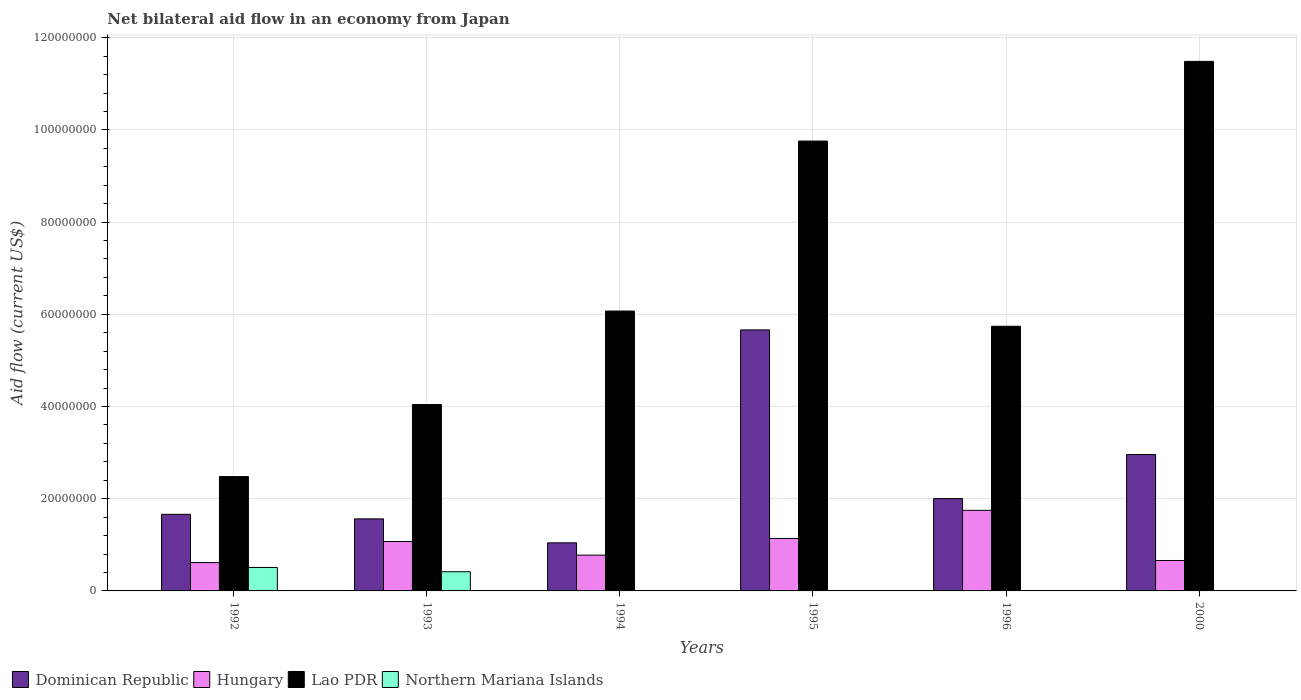
| Years | Dominican Republic | Hungary | Lao PDR | Northern Mariana Islands |
 | --- | --- | --- | --- | --- |
 | 1992 | 1.66e+07 | 6.15e+06 | 2.48e+07 | 5.09e+06 |
 | 1993 | 1.56e+07 | 1.07e+07 | 4.04e+07 | 4.16e+06 |
 | 1994 | 1.04e+07 | 7.76e+06 | 6.07e+07 | 1e+04 |
 | 1995 | 5.66e+07 | 1.14e+07 | 9.76e+07 | -2e+05 |
 | 1996 | 2e+07 | 1.75e+07 | 5.74e+07 | -1.62e+06 |
 | 2000 | 2.96e+07 | 6.6e+06 | 1.15e+08 | 1e+04 |